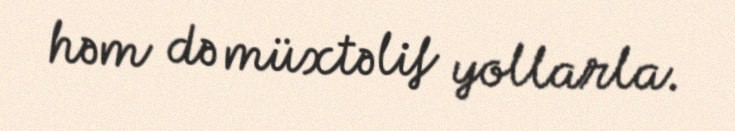
həm də müxtəlif yollarla.